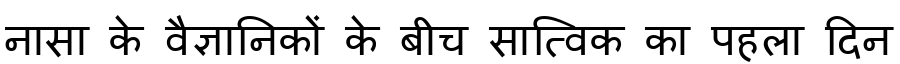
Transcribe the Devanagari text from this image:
नासा के वैज्ञानिकों के बीच सात्विक का पहला दिन